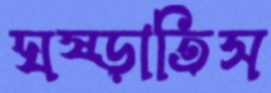
ঘষ্‌ড়াতিস